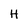
Character: H